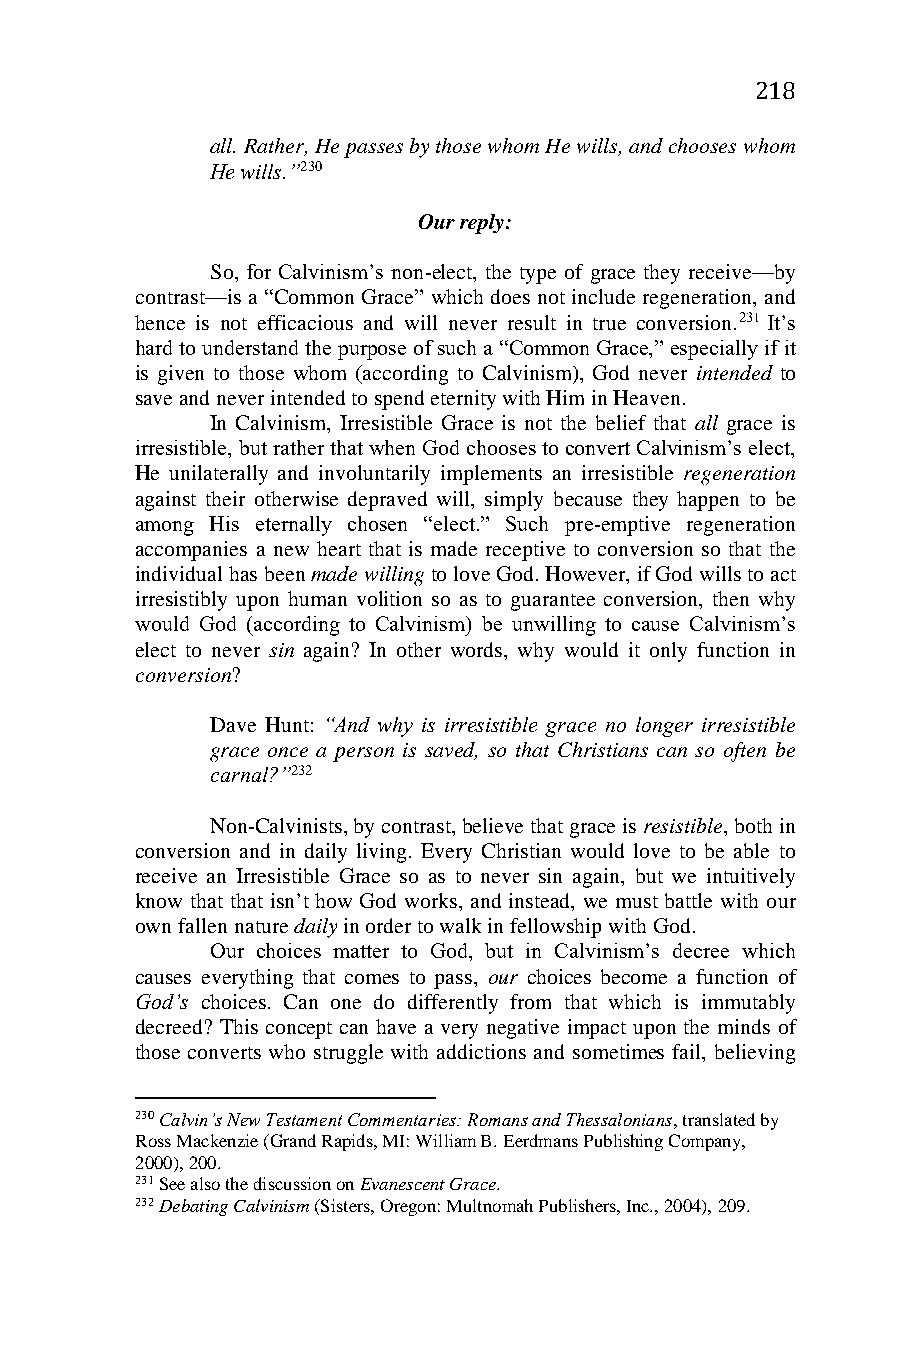
218
 all. Rather, He passes by those whom He wills, and chooses whom
 He wills.”230
 Our reply:
 So, for Calvinism’s non-elect, the type of grace they receive—by
 contrast—is a “Common Grace” which does not include regeneration, and
 hence is not efficacious and will never result in true conversion.231 It’s
 hard to understand the purpose of such a “Common Grace,” especially if it
 is given to those whom (according to Calvinism), God never intended to
 save and never intended to spend eternity with Him in Heaven.
 In Calvinism, Irresistible Grace is not the belief that all grace is
 irresistible, but rather that when God chooses to convert Calvinism’s elect,
 He unilaterally and involuntarily implements an irresistible regeneration
 against their otherwise depraved will, simply because they happen to be
 among His eternally chosen “elect.” Such pre-emptive regeneration
 accompanies a new heart that is made receptive to conversion so that the
 individual has been made willing to love God. However, if God wills to act
 irresistibly upon human volition so as to guarantee conversion, then why
 would God (according to Calvinism) be unwilling to cause Calvinism’s
 elect to never sin again? In other words, why would it only function in
 conversion?
 Dave Hunt: “And why is irresistible grace no longer irresistible
 grace once a person is saved, so that Christians can so often be
 carnal?”232
 Non-Calvinists, by contrast, believe that grace is resistible, both in
 conversion and in daily living. Every Christian would love to be able to
 receive an Irresistible Grace so as to never sin again, but we intuitively
 know that that isn’t how God works, and instead, we must battle with our
 own fallen nature daily in order to walk in fellowship with God.
 Our choices matter to God, but in Calvinism’s decree which
 causes everything that comes to pass, our choices become a function of
 God’s choices. Can one do differently from that which is immutably
 decreed? This concept can have a very negative impact upon the minds of
 those converts who struggle with addictions and sometimes fail, believing
 230 Calvin’s New Testament Commentaries: Romans and Thessalonians, translated by
 Ross Mackenzie (Grand Rapids, MI: William B. Eerdmans Publishing Company,
 2000), 200.
 231 See also the discussion on Evanescent Grace.
 232 Debating Calvinism (Sisters, Oregon: Multnomah Publishers, Inc., 2004), 209.